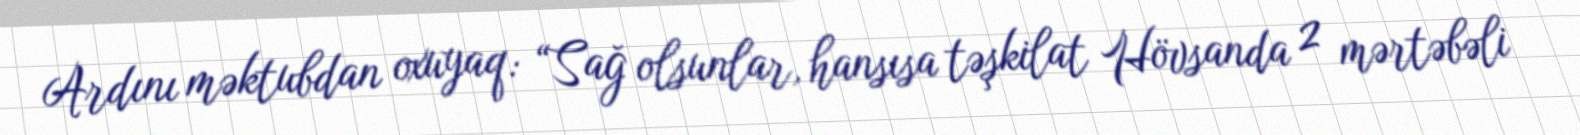
Ardını məktubdan oxuyaq: “Sağ olsunlar, hansısa təşkilat Hövsanda 2 mərtəbəli